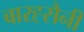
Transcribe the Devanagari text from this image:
बारह्सैनी